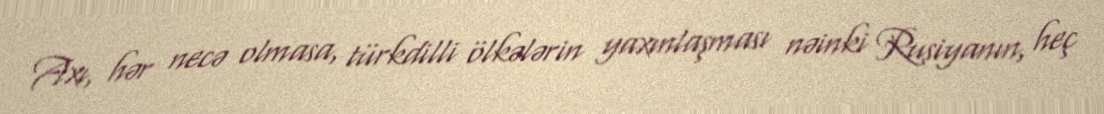
Axı, hər necə olmasa, türkdilli ölkələrin yaxınlaşması nəinki Rusiyanın, heç